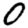
Digit: 0